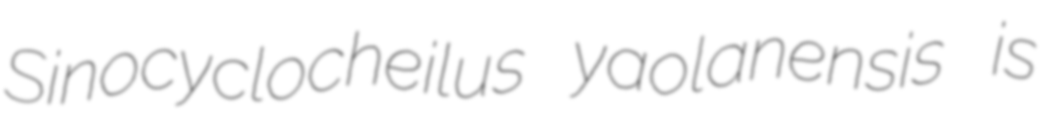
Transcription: Sinocyclocheilus yaolanensis is